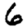
Digit: 6